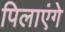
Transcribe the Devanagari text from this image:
पिलाएंगे